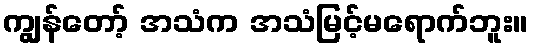
ကျွန်တော့် အသံက အသံမြင့်မရောက်ဘူး။